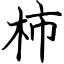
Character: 柿